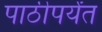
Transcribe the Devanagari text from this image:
पाठीपर्यंत